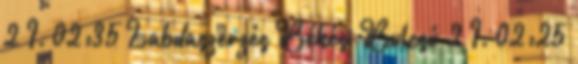
2 I. 02:35 Labdaszerzés Békési Bulcsú 2 I. 02:25